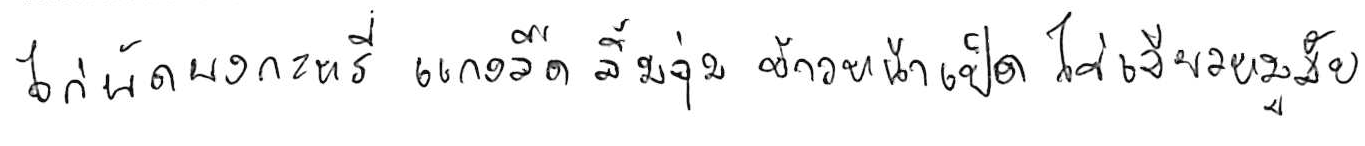
ไก่ผัดผงกะหรี่ แกงจืด จิ้มจุ่ม ข้าวหน้าเป็ด ไข่เจียวหมูสับ